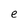
Character: e